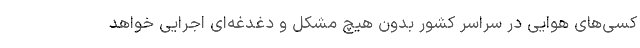
کسی‌های هوایی در سراسر کشور بدون هیچ مشکل و دغدغه‌ای اجرایی خواهد